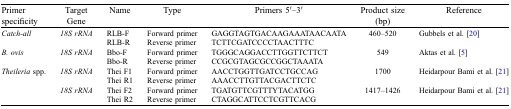
| Primer specificity | Target Gene | Name | Type | Primers 5′–3′ | Product size (bp) | Reference |
 | --- | --- | --- | --- | --- | --- | --- |
 | Catch-all | 18S rRNA | RLB-F | Forward primer | GAGGTAGTGACAAGAAATAACAATA | 460–520 | Gubbels et al. [20] |
 |  |  | RLB-R | Reverse primer | TCTTCGATCCCCTAACTTTC |  |  |
 | B. ovis | 18S rRNA | Bbo-F | Forward primer | TGGGCAGGACCTTGGTTCTTCT | 549 | Aktas et al. [5] |
 |  |  | Bbo-R | Reverse primer | CCGCGTAGCGCCGGCTAAATA |  |  |
 | Theileria spp. | 18S rRNA | Thei F1 | Forward primer | AACCTGGTTGATCCTGCCAG | 1700 | Heidarpour Bami et al. [21] |
 |  |  | Thei R1 | Reverse primer | AAACCTTGTTACGACTTCTC |  |  |
 |  | 18S rRNA | Thei F2 | Forward primer | TGATGTTCGTTTYTACATGG | 1417–1426 | Heidarpour Bami et al. [21] |
 |  |  | Thei R2 | Reverse primer | CTAGGCATTCCTCGTTCACG |  |  |